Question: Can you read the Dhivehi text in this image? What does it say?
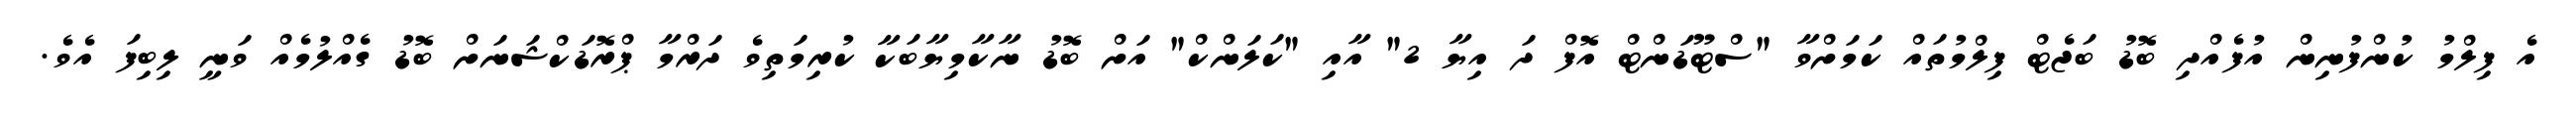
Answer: އެ ފިލްމު ކުންފުނިން އުފެއްދި ބޮޑު ބަޖެޓް ފިލްމުތައް ކަމަށްވާ "ސްޓޫޑަންޓް އޮފް ދަ އިޔާ 2" އާއި "ކަލަންކް" އަށް ބޮޑު ނާކާމިޔާބަކާ ކުރިމަތިވެ ދަރްމާ ޕްރޮޑަކްޝަނަށް ބޮޑު ގެއްލުމެއް ވަނީ ލިބިފަ އެވެ.